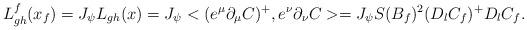
LaTeX: \begin{align*}L^{f}_{gh}(x_{f})=J_{\psi}L_{gh}(x)=J_{\psi}<(e^{\mu}\partial_{\mu}C)^{+},e^{\nu}\partial_{\nu}C>=J_{\psi}S(B_{f})^{2}(D_{l}C_{f})^{+}D_{l}C_{f}.\end{align*}